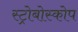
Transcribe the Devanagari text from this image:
स्ट्रोबोस्कोप